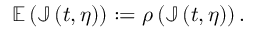
\mathbb { E } \left( \mathbb { J } \left( t , \eta \right) \right) : = \rho \left( \mathbb { J } \left( t , \eta \right) \right) .